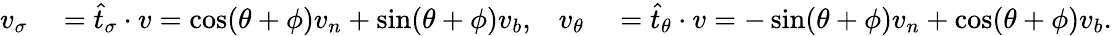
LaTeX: \begin{array}{rlrl}{v_{\sigma}}&{{}=\widehat{t}_{\sigma}\cdot v=\cos(\theta+\phi)v_{n}+\sin(\theta+\phi)v_{b},}&{v_{\theta}}&{{}=\widehat{t}_{\theta}\cdot v=-\sin(\theta+\phi)v_{n}+\cos(\theta+\phi)v_{b}.}\end{array}